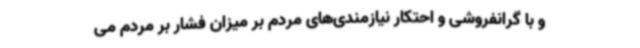
و با گرانفروشی و احتکار نیازمندی‌های مردم بر میزان فشار بر مردم می